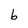
Character: b